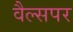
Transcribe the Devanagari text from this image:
वैल्सपर